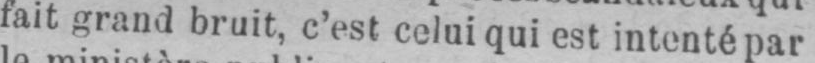
fait grand bruit, c’est celui qui est intenté par